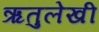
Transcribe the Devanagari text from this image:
ऋतुलेखी